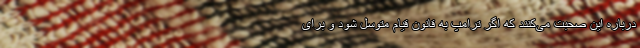
درباره این صحبت می‌کنند که اگر ترامپ به قانون قیام متوسل شود و برای